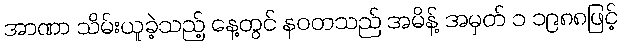
အာဏာ သိမ်းယူခဲ့သည့် နေ့တွင် နဝတသည် အမိန့် အမှတ် ၁ ၁၉၈၈ဖြင့်